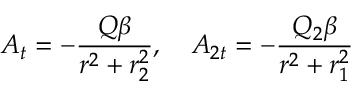
A _ { t } = - \frac { Q \beta } { r ^ { 2 } + r _ { 2 } ^ { 2 } } , ~ ~ ~ A _ { 2 t } = - \frac { Q _ { 2 } \beta } { r ^ { 2 } + r _ { 1 } ^ { 2 } }